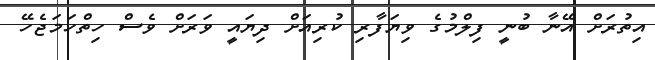
އިތުރަށް އޭނާ ބުނީ ފިލްމުގެ ވިޔަފާރި ކުރިއަށް ދިޔައީ ވަރަށް ވެސް ހިތްހަމަޖެހޭ